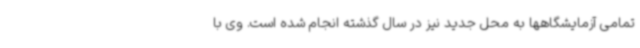
تمامی آزمایشگاهها به محل جدید نیز در سال گذشته انجام شده است. وی با